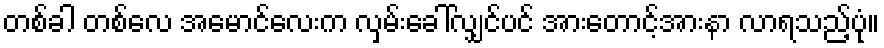
တစ်ခါ တစ်လေ အမောင်လေးက လှမ်းခေါ်လျှင်ပင် အားတောင့်အားနာ လာရသည့်ပုံ။